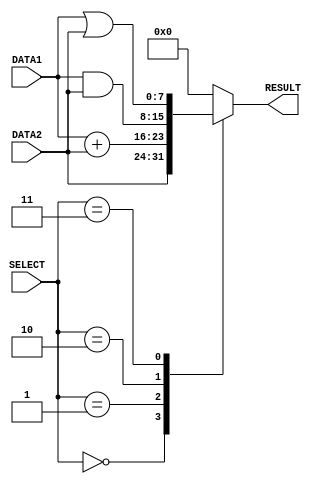
/*
Author : THUSHARA KAR
E no   : E/16/369
*/
module alu( DATA1, DATA2, RESULT, SELECT); 

    // input declaration
    input [2:0]  SELECT;
    input [7:0]  DATA1, DATA2;

    // output declaration
    output reg [7:0] RESULT; 

    // SELECT parameter initialization
    parameter  [2:0] FORWARD  = 3'b000,
                     ADD      = 3'b001,
                     AND      = 3'b010,
                     OR       = 3'b011;
                     //REVERSED = 3'b100; // for further use

    // always at a change in SELECT or DATA1 or DATA2
    always @ (SELECT or DATA1 or DATA2)

        begin
            case (SELECT)

                // FORWARD :: DATA2 --> RESULT
                FORWARD: begin
                    #1;
                    RESULT = DATA2; 
                end
                // ADD :: DATA1 + DATA2 --> RESULT
                ADD: begin 
                    #2;
                    RESULT = DATA1 + DATA2;
                end
                // AND :: DATA1 & DATA2 --> RESULT
                AND: begin
                    #1;
                    RESULT = DATA1 & DATA2;
                end
                // OR :: DATA1 | DATA2 --> RESULT
                OR:  begin
                    #1;
                    RESULT = DATA1 | DATA2;
                end
                // DEFAULT :: 8'b0 --> RESULT
                default: begin
                    RESULT = 8'b0;
                end

            endcase
        end

endmodule